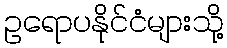
ဥရောပနိုင်ငံများသို့